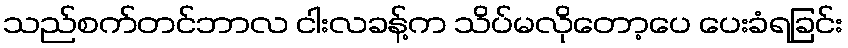
သည်စက်တင်ဘာလ ငါးလခန့်က သိပ်မလိုတော့ပေ ပေးခံရခြင်း